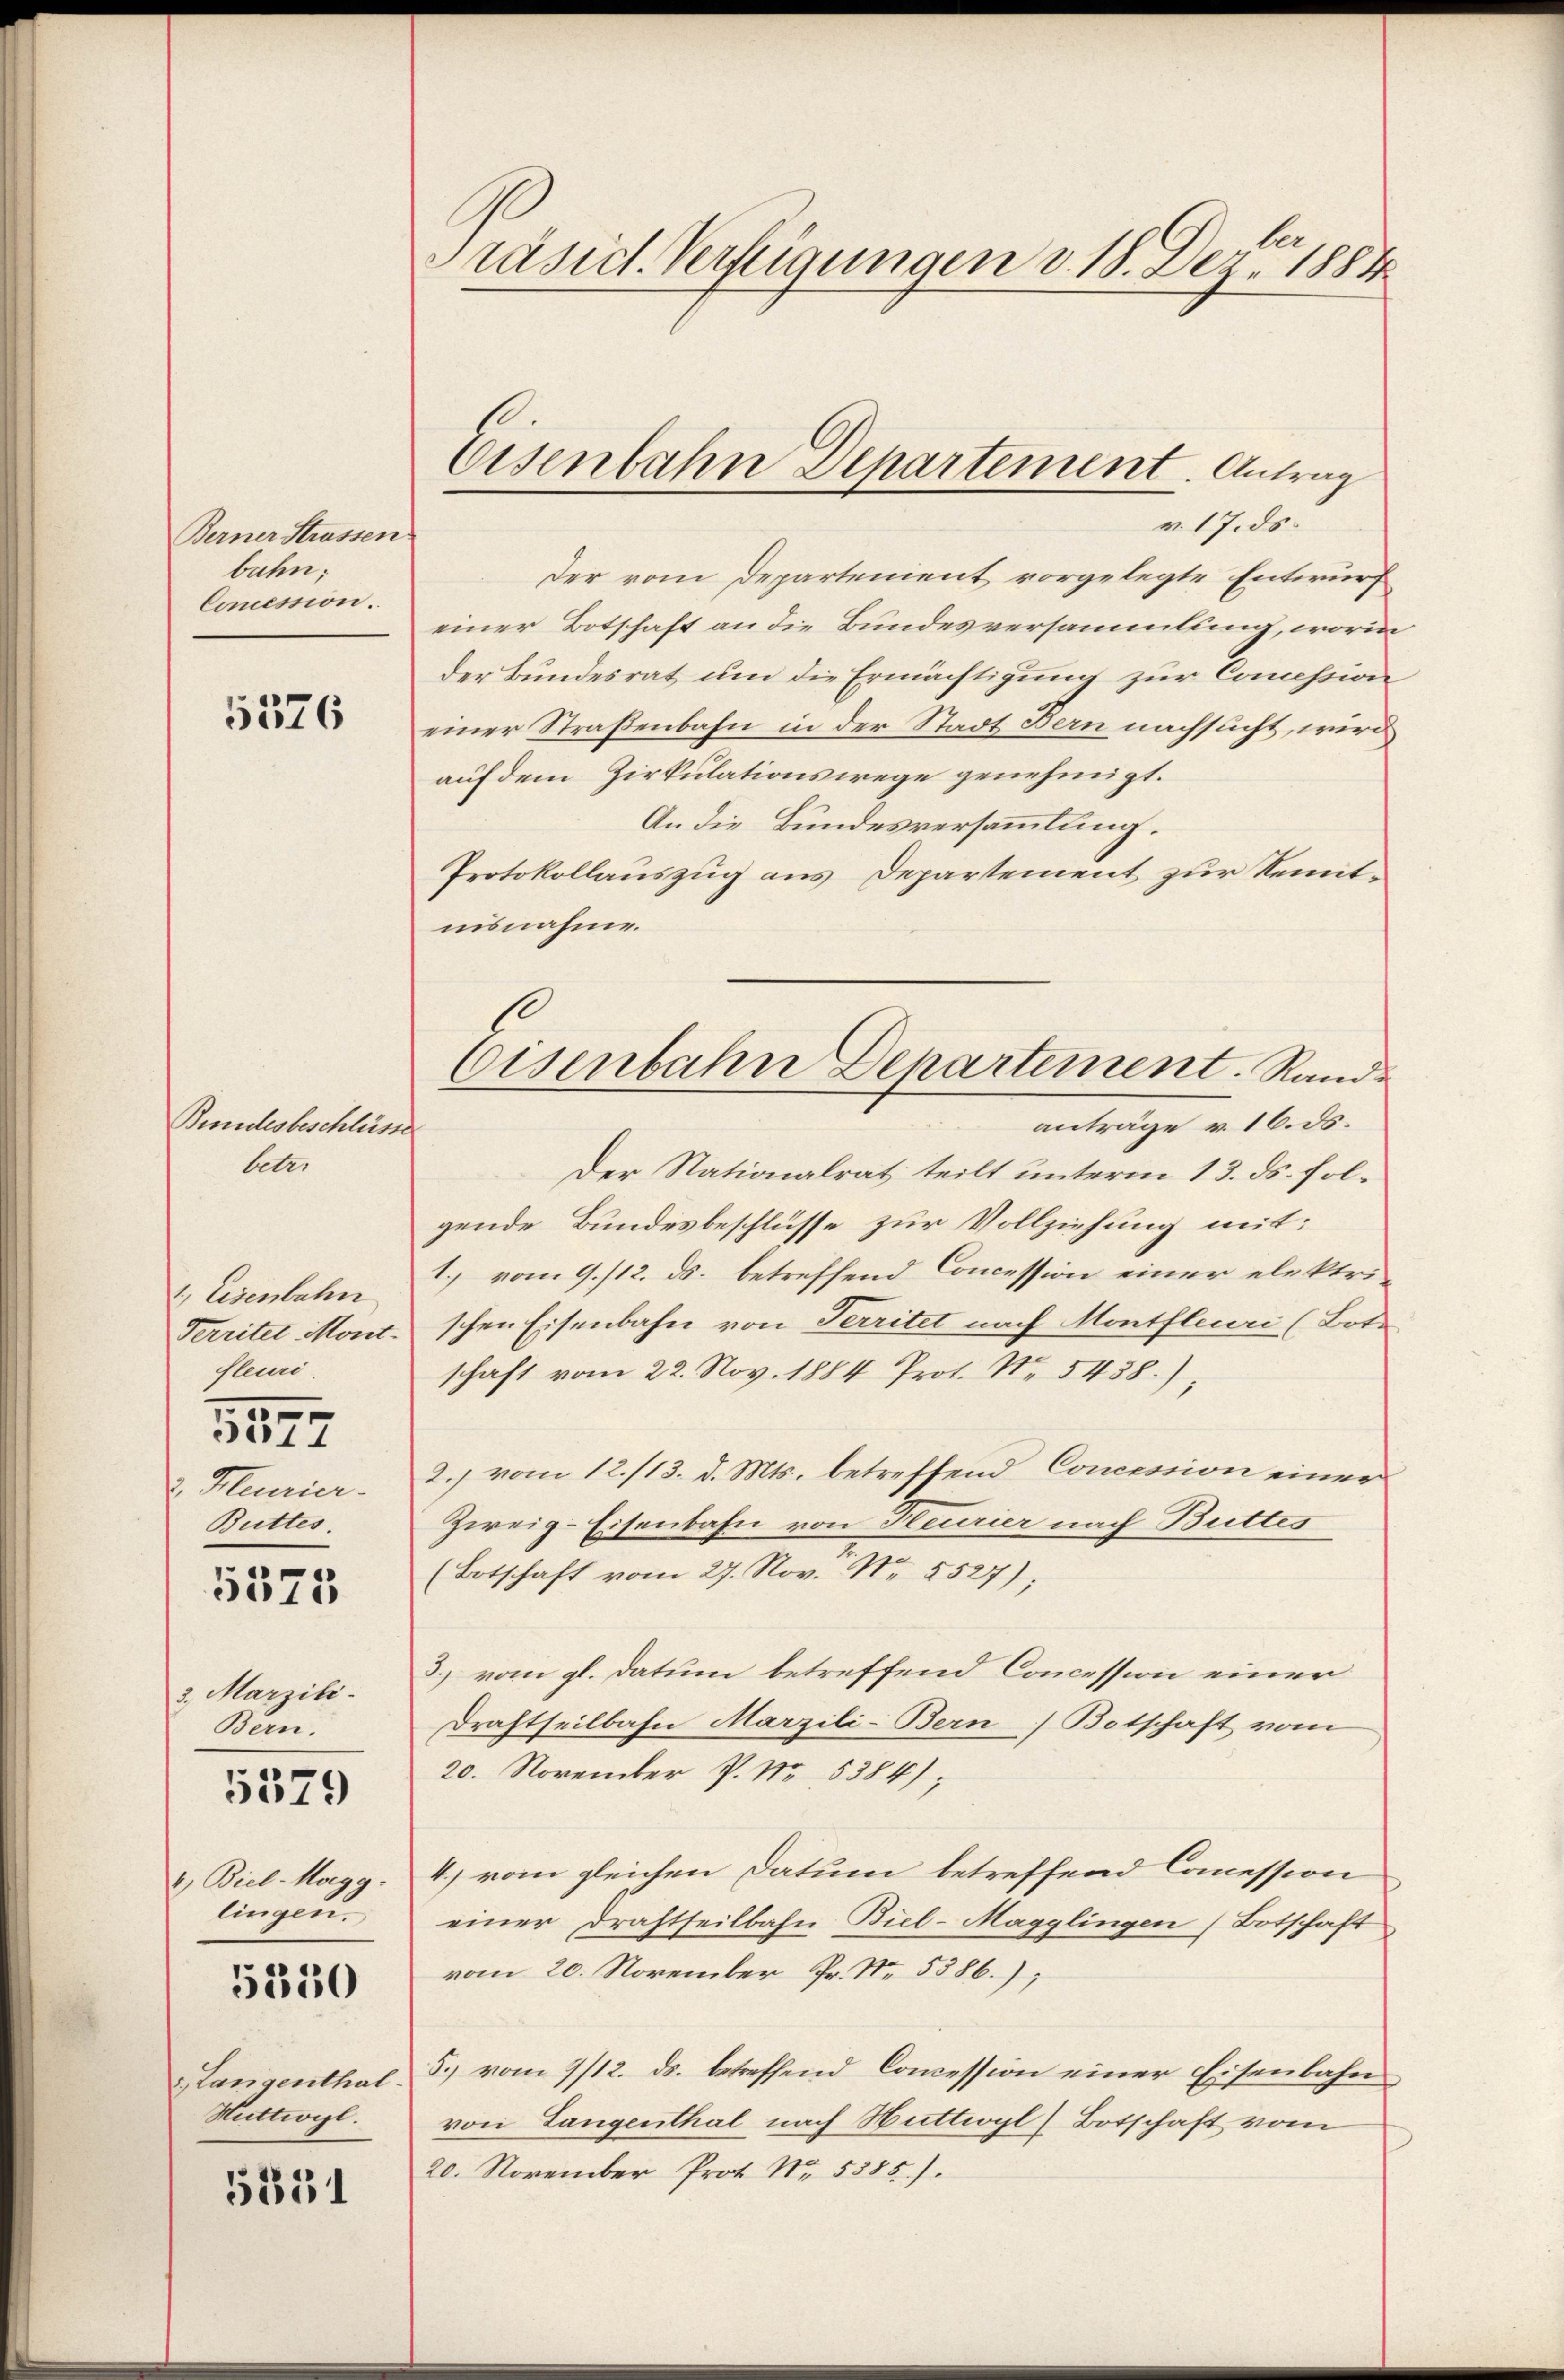
Berner Strassen
bahn;
Cincession.

5576

Bundesbeschlüsse
leter

1., Eisenbahn
Territel Mont-
fleuri.
2. Heurier.
Buttes
3, Marzili.
Bern.
5379
2) Biel Magg.
lingen.

5577

5375

5350

Langenthal
Mittwyl.

5351

Präsid. Verfügungen v. 18. Dez. 1884

Eisenbahn Departement. Antrag

v. 17. ds.
Der vom Departement vorgelegte Entwurf
einer Botschaft an die Bundesversammlung, worin
der Bundesrat um die Ermächtigung zur Comession
einer Straßenbahn in der Stadt Bern nachsucht, wird
auf dem Zirkulationswege genehmigt.
An die Bundesversammlung.
Protokollauszug aus Departement zur Kenntnisnahme.
anträge v. 16. ds.
Der Nationalrat teilt unterm 13. ds. folgende Bundesbeschlüsse zur Vollziehung mit:
1. vom 9./12. ds. betreffend Concession einer elektrischen Eisenbahn von Territet nach Montfleuri (Bot.
schaft vom 22. Nov. 1884 Prot. N. 5438),
2.) vom 12./13. d. Mts. betreffend Concession einer
Zweig-Eisenbahn von Heurier nach Buttes
(Botschaft vom 27. Nov. Nr. 5527);
3. vom gl. datum betreffend Concession einer
Drahtheilbahn Marzili-Bern Botschaft vom
20. November P. Nr. 5384);
4.) vom gleichen Datum betreffend Concession
einer Drahtheilbahn Biel-Magglingen (Botschaft
vom 20. November Fr. No. 5386.
5.) vom 9/12. ds. betreffend Concession einer Eisenbahn
von Langenthal nach Huttwyl Botschaft vom
20. November Prot. N. 5385).

Eisenbahn Departement. Rand¬